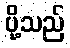
ပို့သည်